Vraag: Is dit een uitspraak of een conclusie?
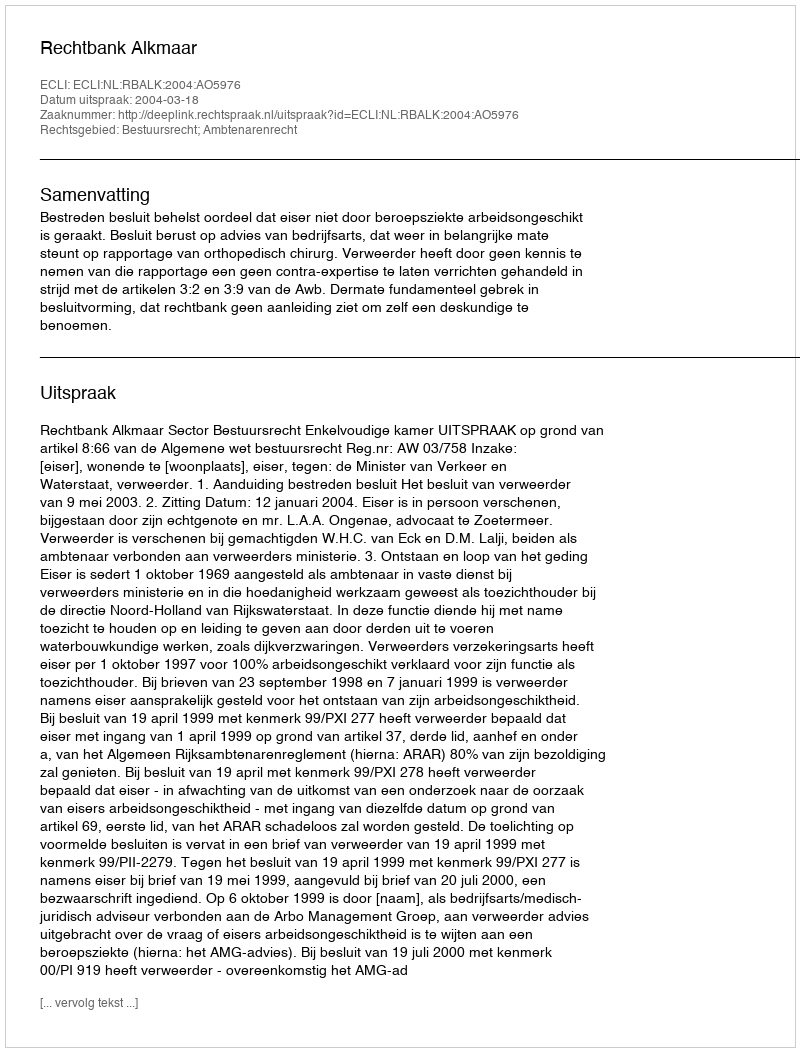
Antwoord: Uitspraak